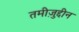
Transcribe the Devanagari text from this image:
तमीज़ुद्दीन